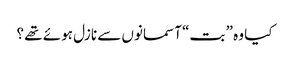
کیا وہ ” بت“ آسمانوں سے نازل ہوئے تھے ؟